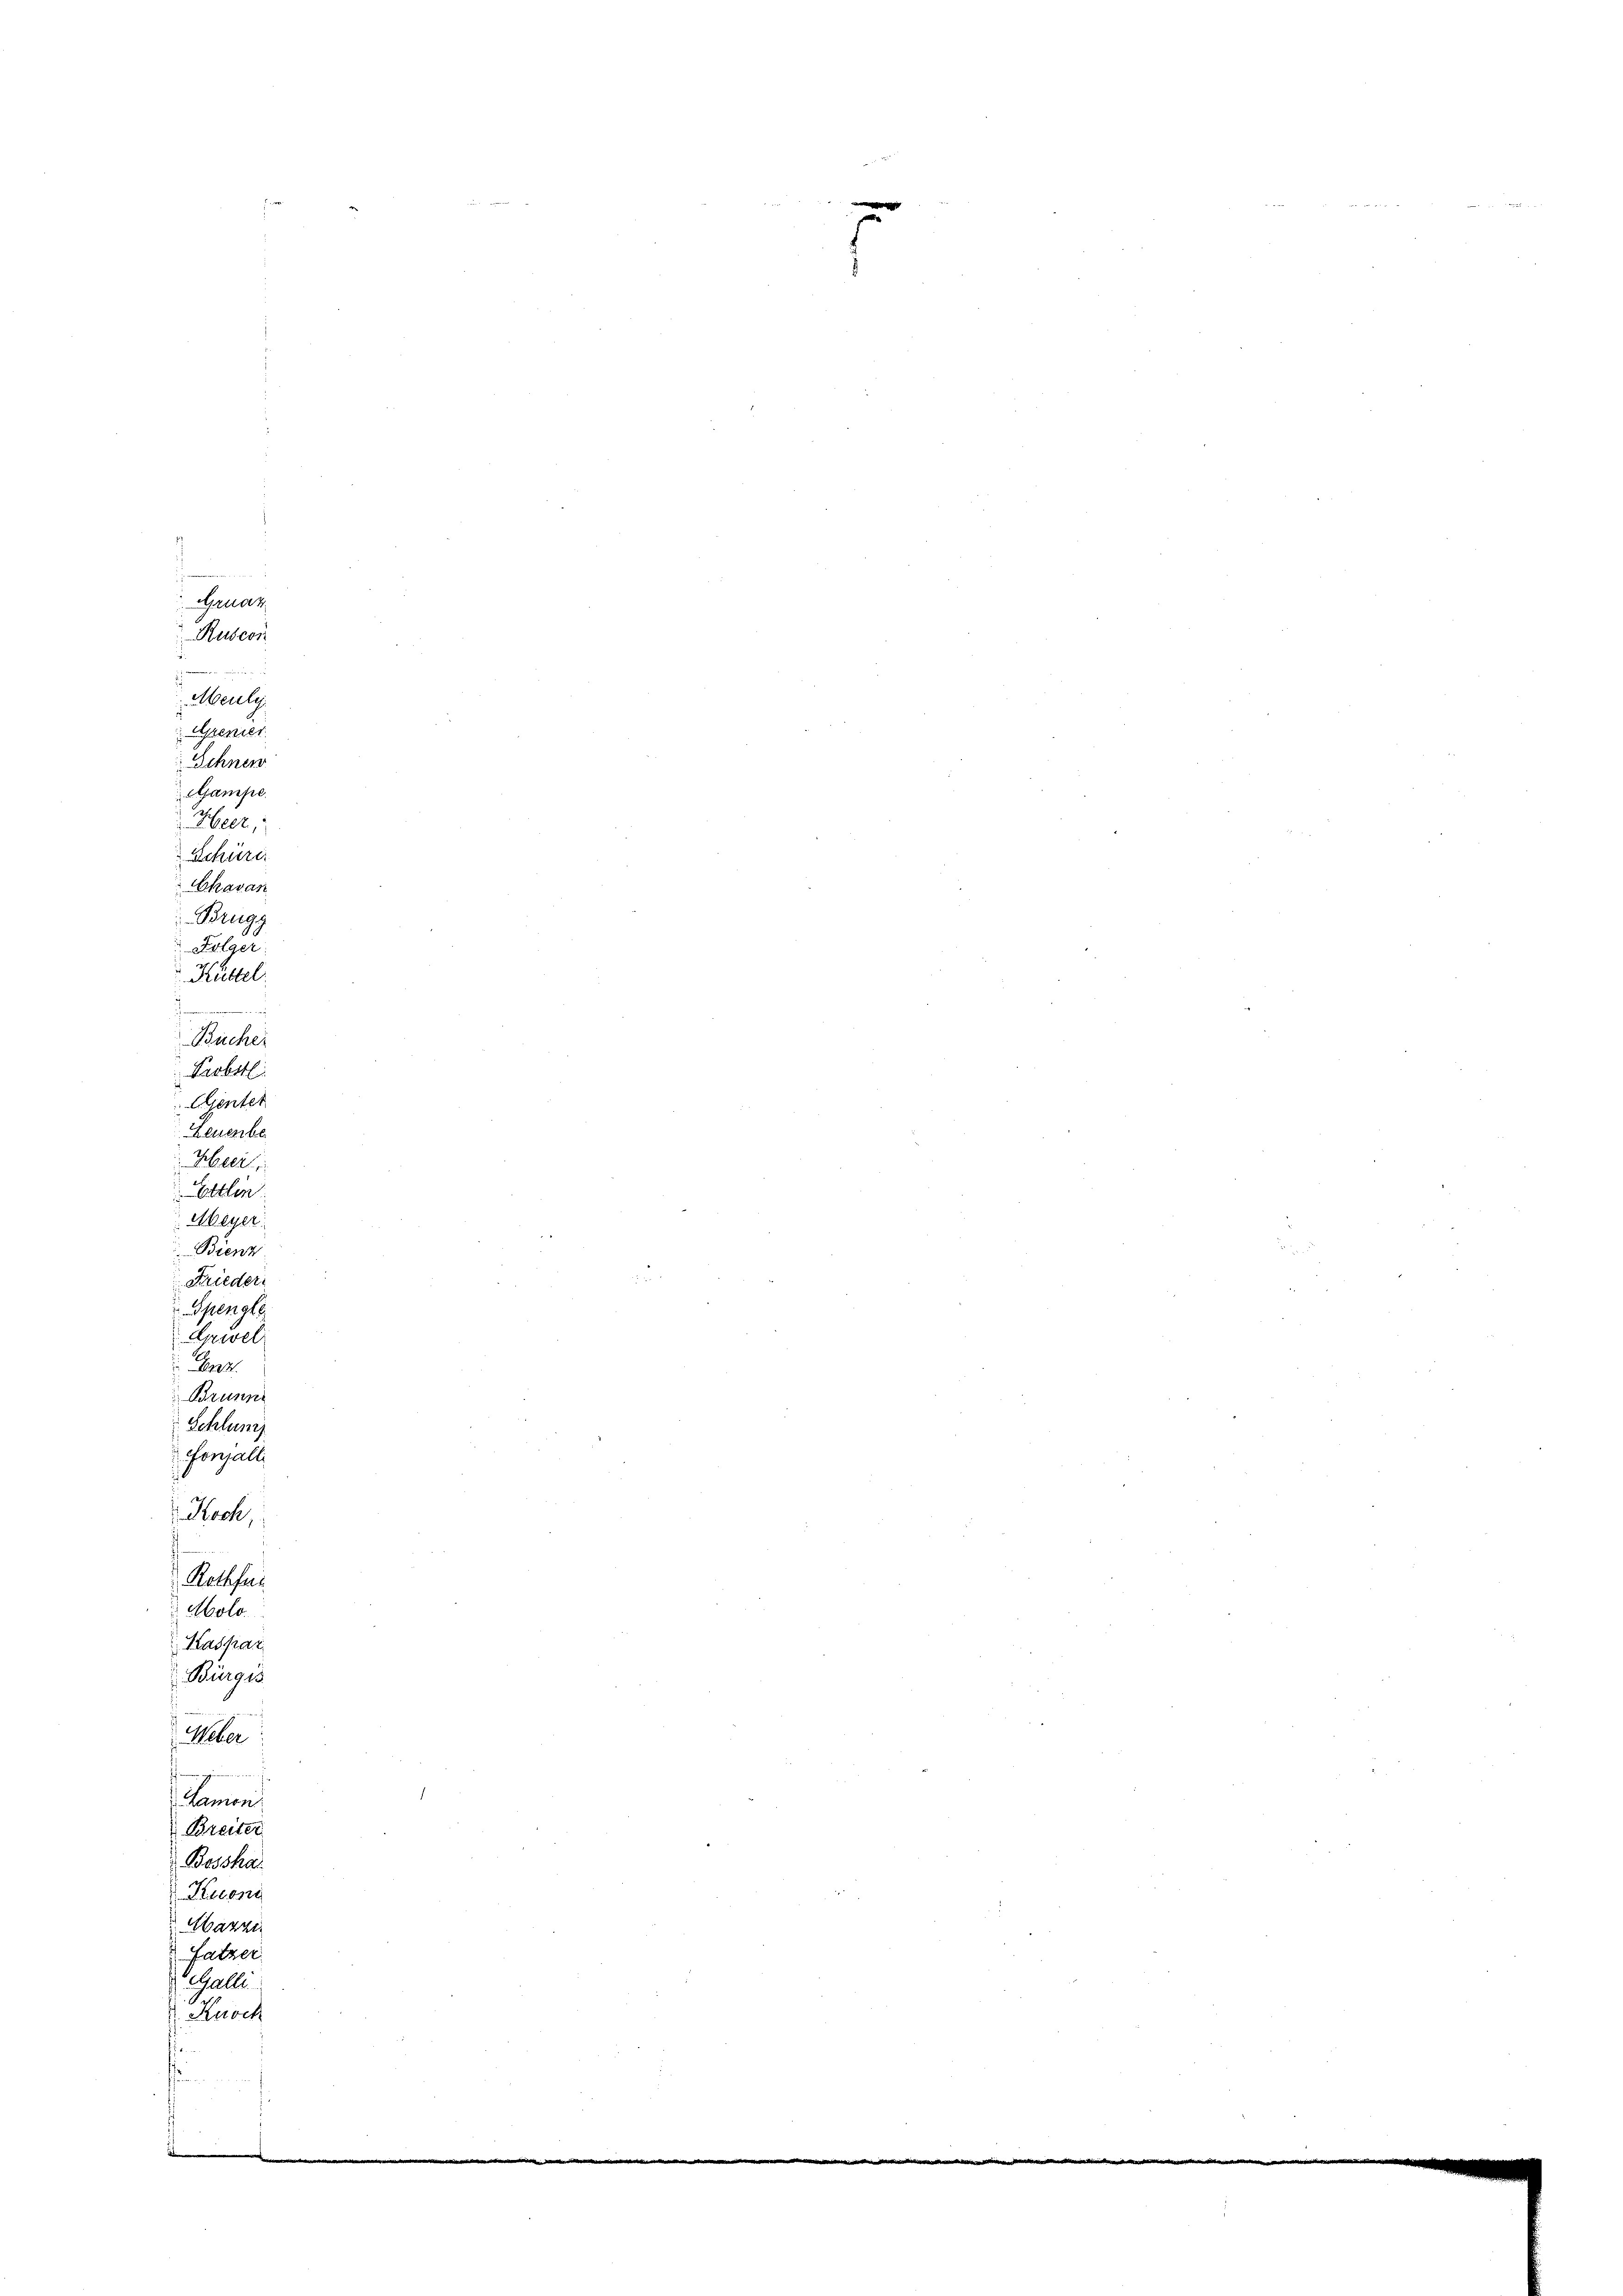
Ruscon
211
d
Meuly
Aszenies
Schnen
Aampe
Heer,
Schüre
havan
Brugg
 Folger
Küttel
Bücher
Probstl
Agenter
Zeuenbe
Heci
Ettlin
Meyer
Bienz
Frieder
Spengle
Kaivel
az
Brunne
Schlum
Gongalli
Rock,
Ratafel
Molo.
Kaspar
Bürgis
Weber

Lamon
Breiter
Bosshal
Kuoni
Aazzi
Fatzer
egale
. Knoch
.

Arnaz